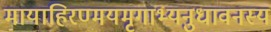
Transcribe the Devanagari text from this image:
मायाहिरण्मयमृगाभ्यनुधावनस्य